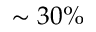
\sim 3 0 \%